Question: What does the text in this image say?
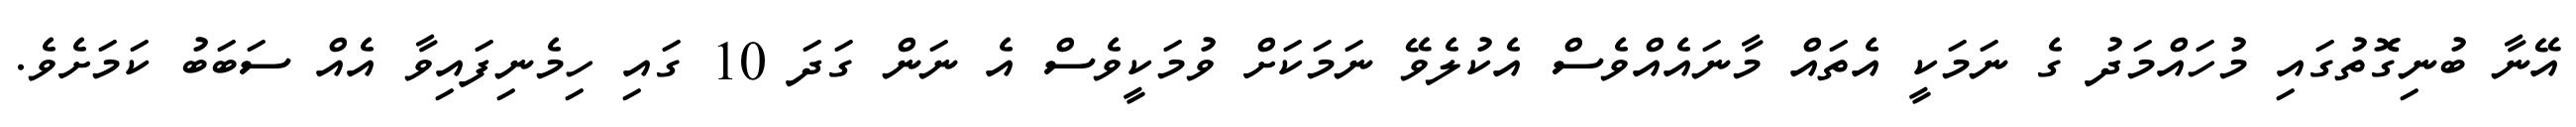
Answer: އޭނާ ބުނިގޮތުގައި މުހައްމަދު ގެ ނަމަކީ އެތައް މާނައެއްވެސް އެކުލެވޭ ނަމަކަށް ވުމަކީވެސް އެ ނަން ގަދަ 10 ގައި ހިމެނިފައިވާ އެއް ސަބަބު ކަމަށެވެ.